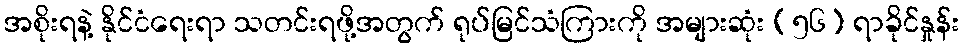
အစိုးရနဲ့ နိုင်ငံရေးရာ သတင်းရဖို့အတွက် ရုပ်မြင်သံကြားကို အများဆုံး (၅၆) ရာခိုင်နှုန်း